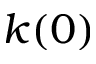
k ( 0 )